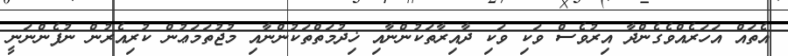
އެތައް އަހަރެއްވެގެންދާ އިރުވެސް ވަކި ވަކި ދާއިރާތަކުންނާއި ޚިދުމަތްތަކުންނާއި މުޖުތަމަޢުން ކުރިއެރުން ނުފެންނަނީ